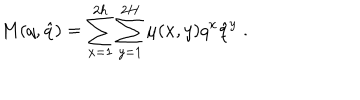
M ( q , \hat { q } ) = \sum _ { x = 1 } ^ { 2 h } \sum _ { y = 1 } ^ { 2 H } \mu ( x , y ) q ^ { x } \hat { q } ^ { y } \; .